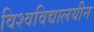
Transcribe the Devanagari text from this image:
विश्‍वविद्यालयीन